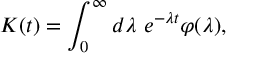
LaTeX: K ( t ) = \int _ { 0 } ^ { \infty } d \lambda ~ e ^ { - \lambda t } \varphi ( \lambda ) ,